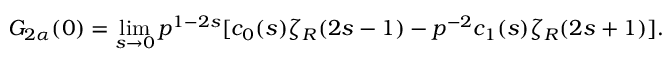
G _ { 2 \alpha } ( 0 ) = \operatorname * { l i m } _ { s \to 0 } p ^ { 1 - 2 s } [ c _ { 0 } ( s ) \zeta _ { R } ( 2 s - 1 ) - p ^ { - 2 } c _ { 1 } ( s ) \zeta _ { R } ( 2 s + 1 ) ] { . }